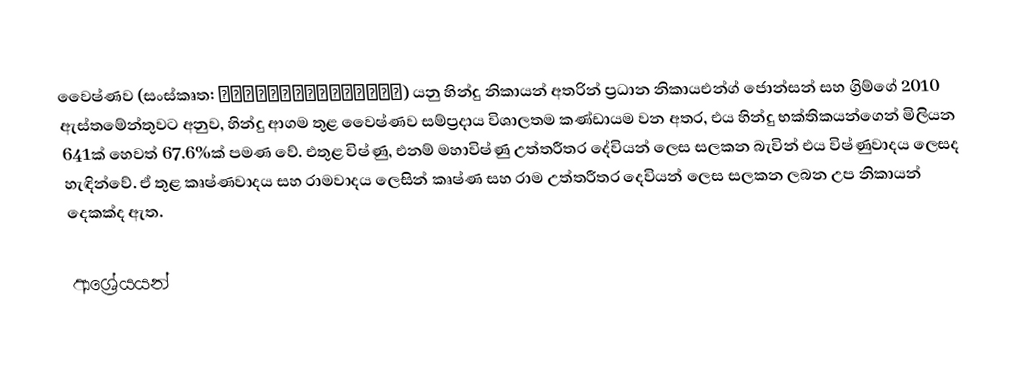
වෛෂ්ණව (සංස්කෘත: वैष्णवसम्प्रदाय) යනු හින්දු නිකායන් අතරින් ප්‍රධාන නිකායඑන්ග් ජොන්සන් සහ ග්‍රිම්ගේ 2010 ඇස්තමේන්තුවට අනුව, හින්දු ආගම තුළ වෛෂ්ණව සම්ප්‍රදාය විශාලතම කණ්ඩායම වන අතර, එය හින්දු භක්තිකයන්ගෙන් මිලියන 641ක් හෙවත් 67.6%ක් පමණ වේ. එතුළ විෂ්ණු, එනම් මහාවිෂ්ණු උත්තරීතර දේවියන් ලෙස සලකන බැවින් එය විෂ්ණුවාදය ලෙසද හැඳින්වේ. ඒ තුළ කෘෂ්ණවාදය සහ රාමවාදය ලෙසින් කෘෂ්ණ සහ රාම උත්තරීතර දෙවියන් ලෙස සලකන ලබන උප නිකායන් දෙකක්ද ඇත.

ආශ්‍රේයයන්